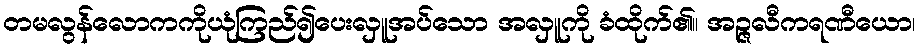
တမလွန်လောကကိုယုံကြည်၍ပေးလှူအပ်သော အလှူကို ခံထိုက်၏။ အဉ္ဇလီကရဏီယော၊